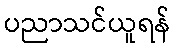
ပညာသင်ယူရန်